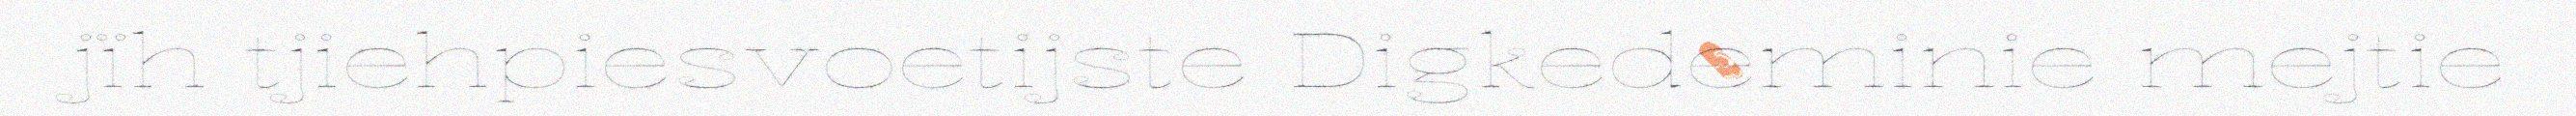
jïh tjiehpiesvoetijste Digkedeminie mejtie